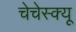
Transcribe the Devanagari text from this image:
चेचेस्क्यू